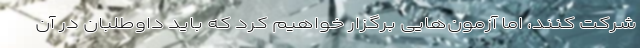
شرکت کنند، اما آزمون‌هایی برگزار خواهیم کرد که باید داوطلبان در آن